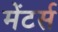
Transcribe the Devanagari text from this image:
मेंटर्स